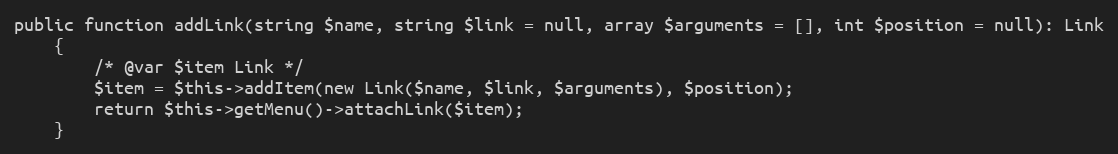
Language: PHP
public function addLink(string $name, string $link = null, array $arguments = [], int $position = null): Link
	{
		/* @var $item Link */
		$item = $this->addItem(new Link($name, $link, $arguments), $position);
		return $this->getMenu()->attachLink($item);
	}